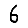
Digit: 6